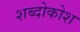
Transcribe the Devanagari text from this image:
शब्दोकोश